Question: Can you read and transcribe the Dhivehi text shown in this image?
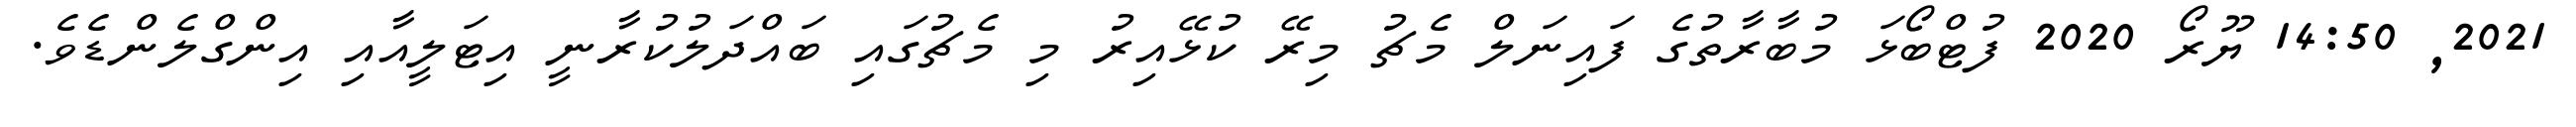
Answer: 2021, 14:50 ޔޫރޯ 2020 ފުޓްބޯޅަ މުބާރާތުގެ ފައިނަލް މެޗު މިރޭ ކުޅޭއިރު މި މެޗުގައި ބައްދަލުކުރާނީ އިޓަލީއާއި އިންގްލެންޑެވެ.